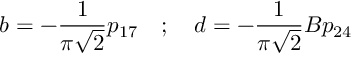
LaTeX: b = - \frac { 1 } { \pi \sqrt { 2 } } p _ { 1 7 } \quad ; \quad d = - \frac { 1 } { \pi \sqrt { 2 } } B p _ { 2 4 }